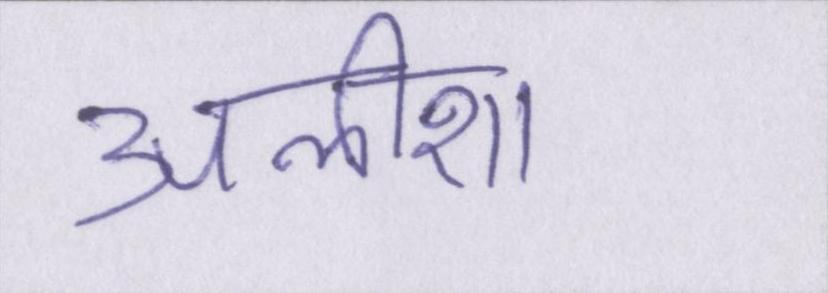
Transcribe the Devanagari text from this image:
अलीशा